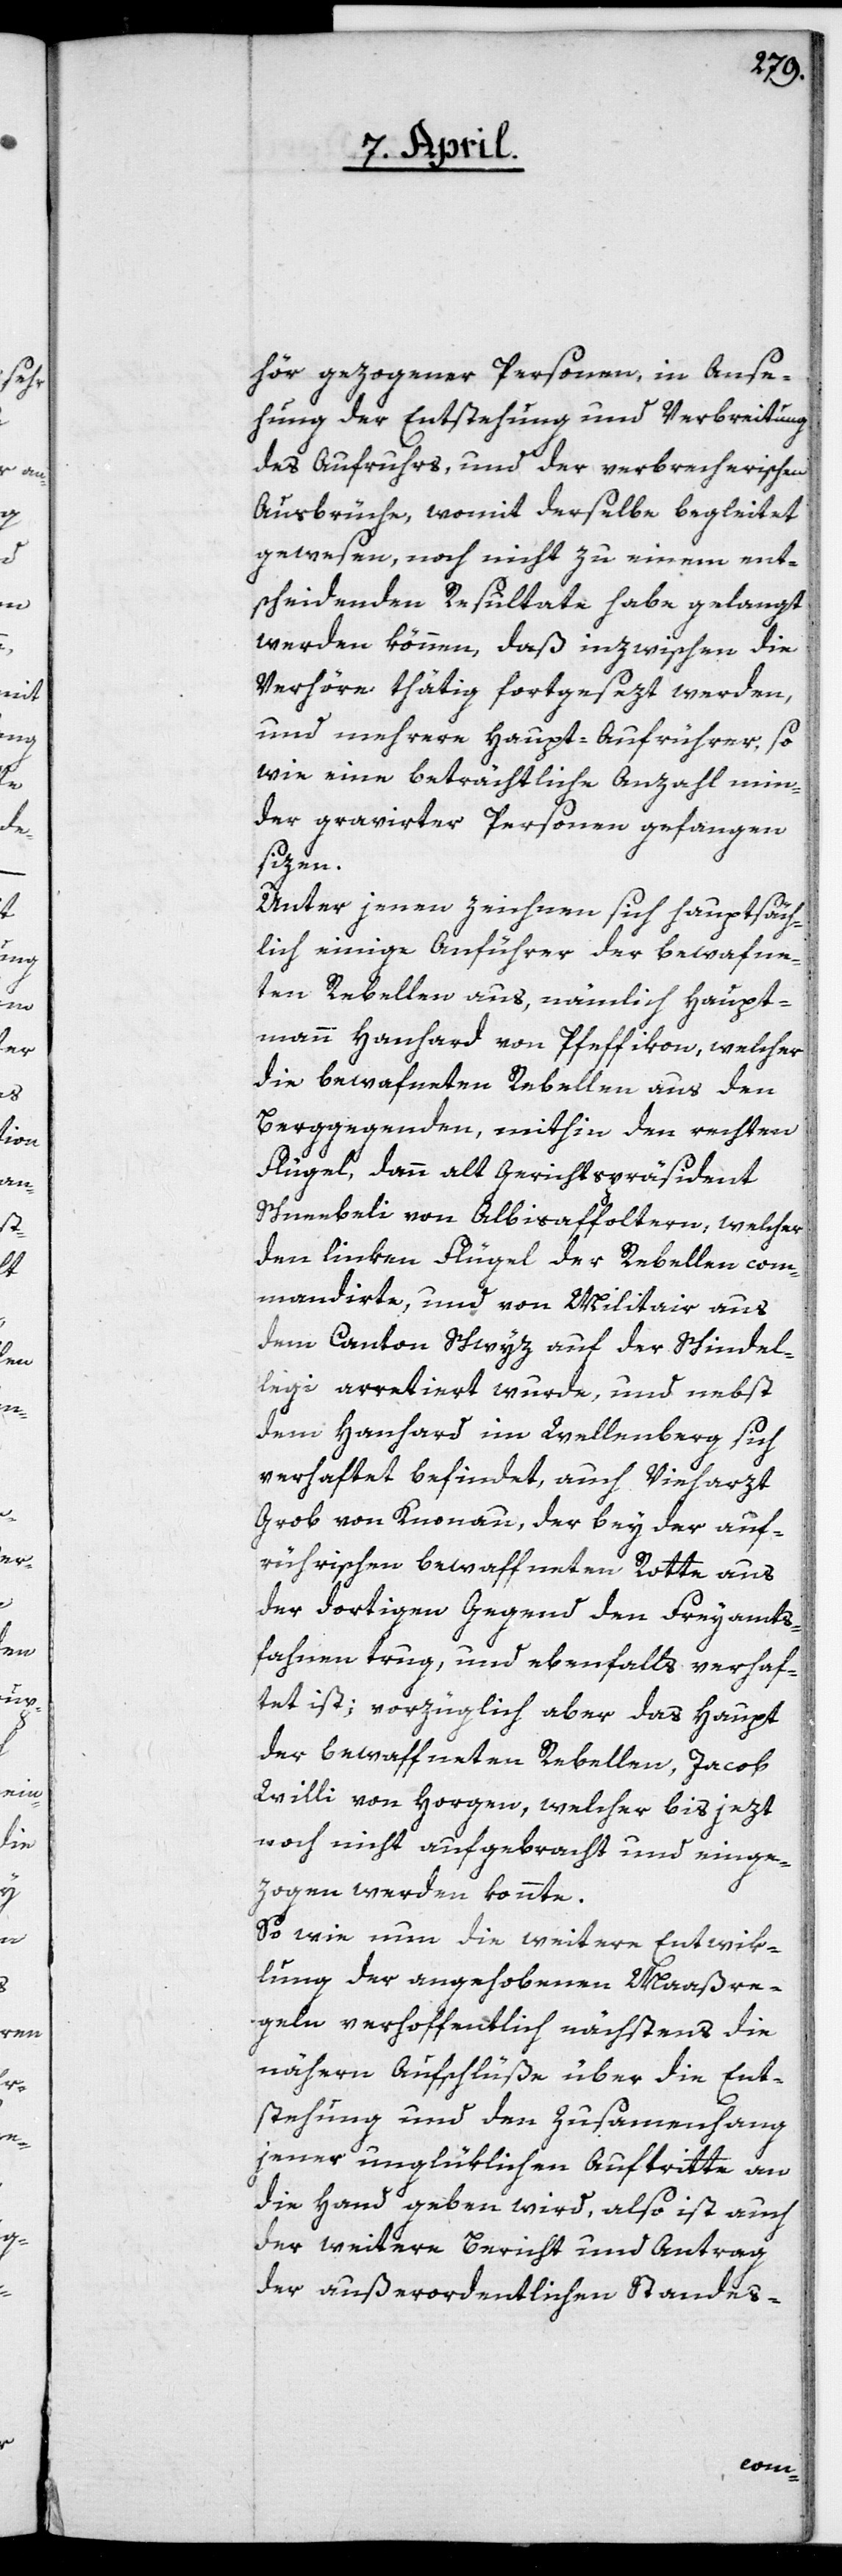
hör gezogener Personen, in Anse¬
hung der Entstehung und Verbreitung
des Aufruhrs und der verbrecherischen
Ausbrüche, womit derselbe begleitet
gewesen, noch nicht zu einem ent¬
scheidenden Resultate habe gelangt
werden können, daß inzwischen die
Verhöre thätig fortgesezt werden,
und mehrere Haupt-Aufrührer, so
wie eine beträchtliche Anzahl min¬
der gravirter Personen gefangen
sizen.
Unter jenen zeichnen sich hauptsäch¬
lich einige Anführer der bewafne¬
ten Rebellen aus, nämlich Haupt¬
mann Hanhard von Pfeffikon, welcher
die bewafneten Rebellen aus den
Berggegenden, mithin den rechten
Flügel, dann alt Gerichtspräsident
Schneebeli von Albisaffoltern, welcher
den linken Flügel der Rebellen com¬
mandirte, und von Militair aus
dem Canton Schwyz auf der Schindel¬
legi arretiert wurde, und nebst
dem Hanhard im Wellenberg sich
verhaftet befindet, auch Vieharzt
Grob von Knonau, der bey der auf¬
rührischen bewaffneten Rotte aus
der dortigen Gegend den Freyamts¬
fahnen trug, und ebenfalls verhaf¬
tet ist; vorzüglich aber das Haupt
der bewaffneten Rebellen, Jacob
Willi von Horgen, welcher bis jezt
noch nicht aufgebracht und einge¬
zogen werden konnte.
So wie nun die weitere Entwik¬
lung der angehobenen Maaßre¬
geln verhoffentlich nächstens die
nähern Aufschlüße über die Ent¬
stehung und den Zusammenhang
jener unglüklichen Auftritte an
die Hand geben wird, also ist auch
der weitere Bericht und Antrag
der außerordentlichen Standes-